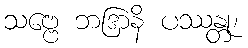
သဗ္ဗေ ဘဒြာနိ ပဿန္တု၊